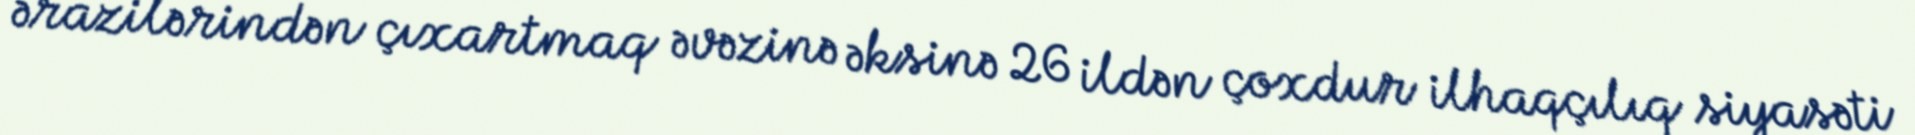
ərazilərindən çıxartmaq əvəzinə əksinə 26 ildən çoxdur ilhaqçılıq siyasəti